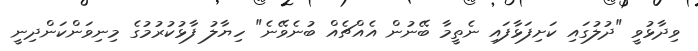
ވިދާޅުވީ "ދުލުގައި ކަށިފަޅާފައި ނެތީމާ ބޭނުން އެއްޗެއް ބުނެވޭނެ" ހިޔާލު ފާޅުކުރުމުގެ މިނިވަންކަންދިނީ